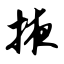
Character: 掖